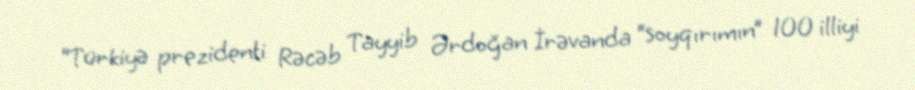
“Türkiyə prezidenti Rəcəb Tayyib Ərdoğan İrəvanda “soyqırımın” 100 illiyi